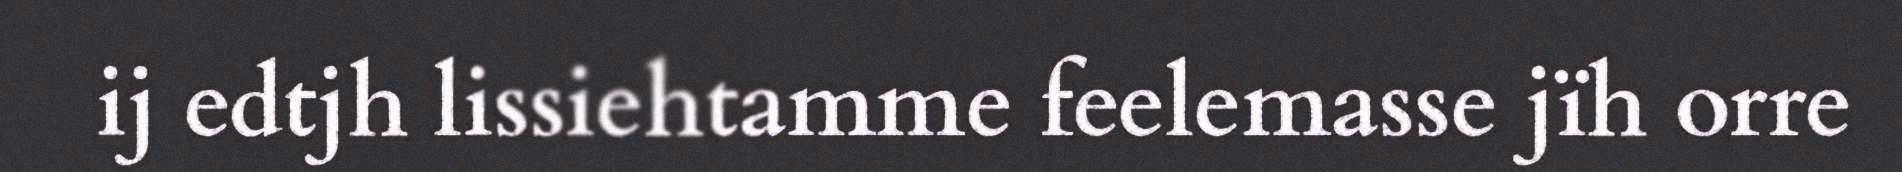
ij edtjh lissiehtamme feelemasse jïh orre